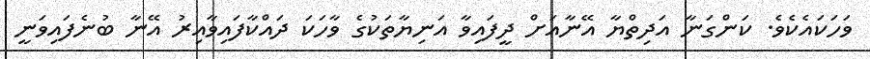
ވަހަކައެކެވެ. ކަންގަނާ އަދިތްޔާ އޭނާއަށް ދީފައިވާ އަނިޔާތަކުގެ ވާހަކަ ދައްކާފައިވާއިރު އޭނާ ބުނެފައިވަނީ